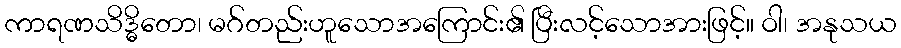
ကာရဏသိဒ္ဓိတော၊ မဂ်တည်းဟူသောအကြောင်း၏ ပြီးလင့်သောအားဖြင့်။ ဝါ၊ အနုသယ